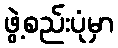
ဖွဲ့စည်းပုံမှာ